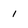
Character: 1